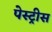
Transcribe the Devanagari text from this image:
पेस्ट्रीस